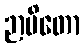
ဉာပိတော